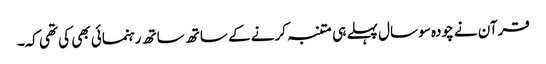
قرآن نے چودہ سو سال پہلے ہی متنبہ کرنے کے ساتھ ساتھ رہنمائی بھی کی تھی کہ۔